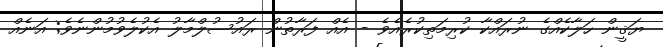
ޔަޤީން ހަލާކެއްގެ ނުރައްކާ ކުރިމަތިކުރެއެވެ - އެއް ފަރާތުން ރައުސުލްމާލު އެކުލެވުމުންނެވެ; އަނެއް